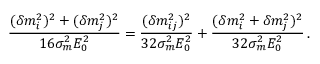
\frac { ( \delta m _ { i } ^ { 2 } ) ^ { 2 } + ( \delta m _ { j } ^ { 2 } ) ^ { 2 } } { 1 6 \sigma _ { m } ^ { 2 } E _ { 0 } ^ { 2 } } = \frac { ( \delta m _ { i j } ^ { 2 } ) ^ { 2 } } { 3 2 \sigma _ { m } ^ { 2 } E _ { 0 } ^ { 2 } } + \frac { ( \delta m _ { i } ^ { 2 } + \delta m _ { j } ^ { 2 } ) ^ { 2 } } { 3 2 \sigma _ { m } ^ { 2 } E _ { 0 } ^ { 2 } } \, .